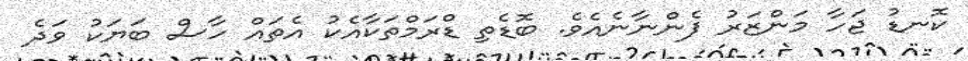
ކޮނޑު ޖަހާ މަންޒަރު ފެންނާނެއެވެ. ބޮޑެތި ޑްރަމްތަކާއެކު އެތައް ހާސް ބަޔަކު ވަދެ